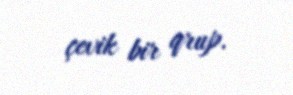
çevik bir qrup.